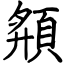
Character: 頯